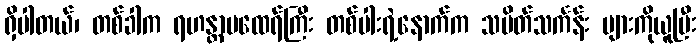
ရှိပါတယ်၊ တစ်ခါက ရဟန္တာမထေရ်ကြီး တစ်ပါးရဲ့နောက်က သပိတ်သင်္ကန်း များကိုယူပြီး